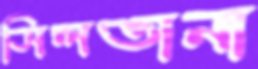
সিলভানা